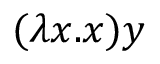
( \lambda x . x ) y